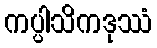
ကပ္ပါသိကဒုဿံ